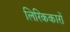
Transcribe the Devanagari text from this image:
लिरिककारों